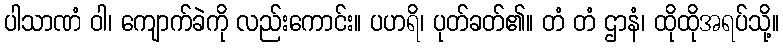
ပါသာဏံ ဝါ၊ ကျောက်ခဲကို လည်းကောင်း။ ပဟရိ၊ ပုတ်ခတ်၏။ တံ တံ ဌာနံ၊ ထိုထိုအရပ်သို့။